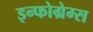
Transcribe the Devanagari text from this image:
इन्फोग्रेम्स